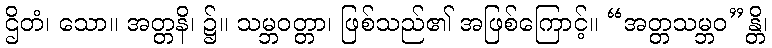
ဌိတံ၊ သော။ အတ္တနိ၊ ၌။ သမ္ဘဝတ္တာ၊ ဖြစ်သည်၏ အဖြစ်ကြောင့်။ “အတ္တသမ္ဘဝ”န္တိ၊